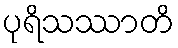
ပုရိသဿာတိ